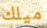
ميلك